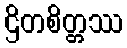
ဌိတစိတ္တဿ